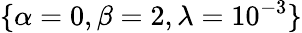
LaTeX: \{ \alpha=0,\beta=2,\lambda=10^{-3}\}